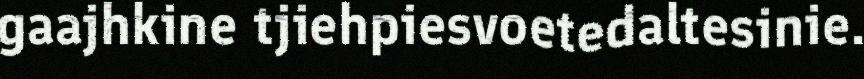
gaajhkine tjiehpiesvoetedaltesinie.